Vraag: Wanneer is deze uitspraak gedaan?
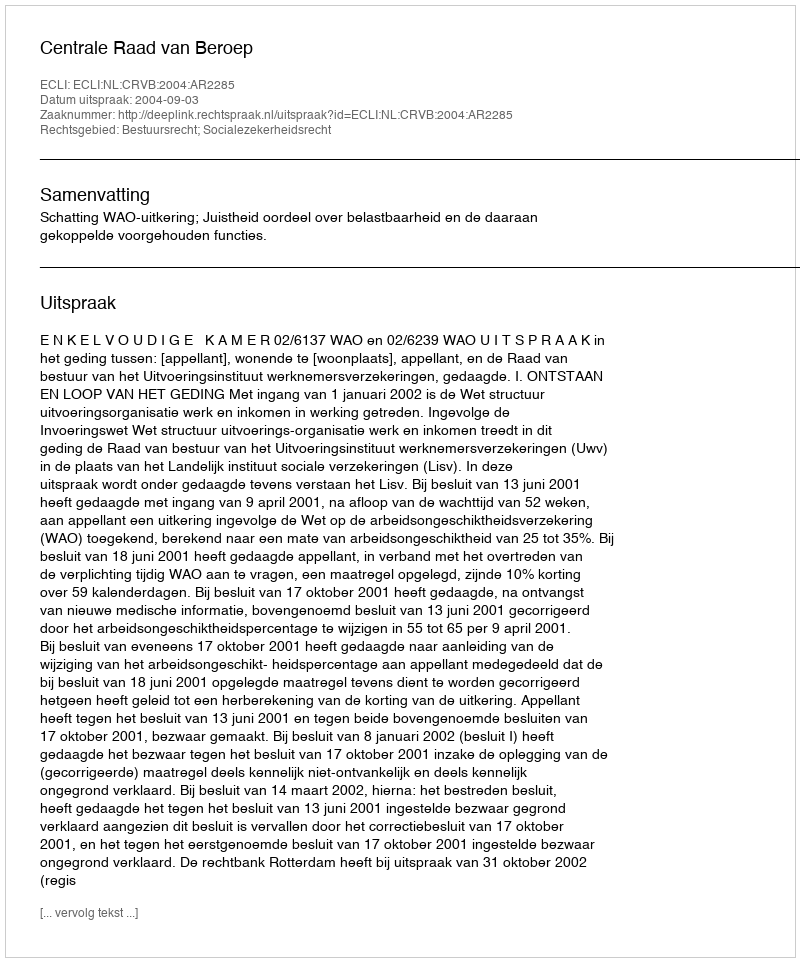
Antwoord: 2004-09-03